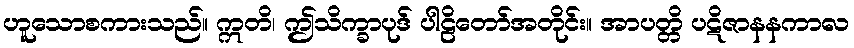
ဟူသောစကားသည်။ ဣတိ၊ ဤသိက္ခာပုဒ် ပါဠိတော်အတိုင်း။ အာပတ္တိ ပဋိဇာနနကာလ